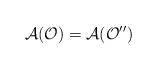
LaTeX: \begin{align*}\mathcal{A}(\mathcal{O})=\mathcal{A}(\mathcal{O}^{\prime\prime})\end{align*}